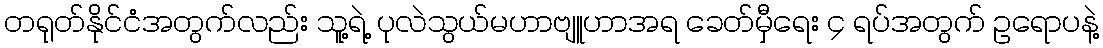
တရုတ်နိုင်ငံအတွက်လည်း သူ့ရဲ့ ပုလဲသွယ်မဟာဗျူဟာအရ ခေတ်မှီရေး ၄ ရပ်အတွက် ဥရောပနဲ့